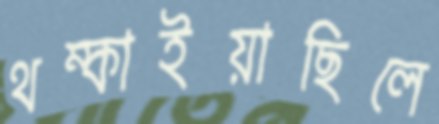
থম্‌কাইয়াছিলে